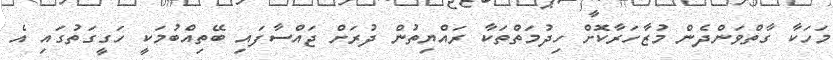
މަހަކާ ގާތްވަންދެން މުޒާހަރާކޮށް ހިދުމަތްތަކާ ރައްޔިތުން ދުރަށް ޖައްސާފައި ބޭތިއްބުމަކީ ހަގީގަތުގައި އެ